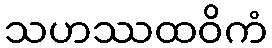
သဟဿထဝိကံ